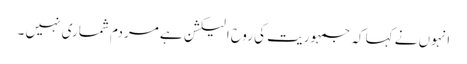
انہوں نے کہا کہ جمہوریت کی روح الیکشن ہے مردم شماری نہیں ۔